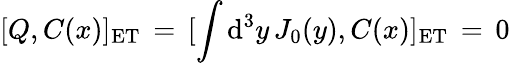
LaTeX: [Q,C(x)]_{\mathrm{ET}}\, =\, [\int\mathrm{d}^{3}y\, J_{0}(y),C(x)]_{\mathrm{ET}}\, =\, 0